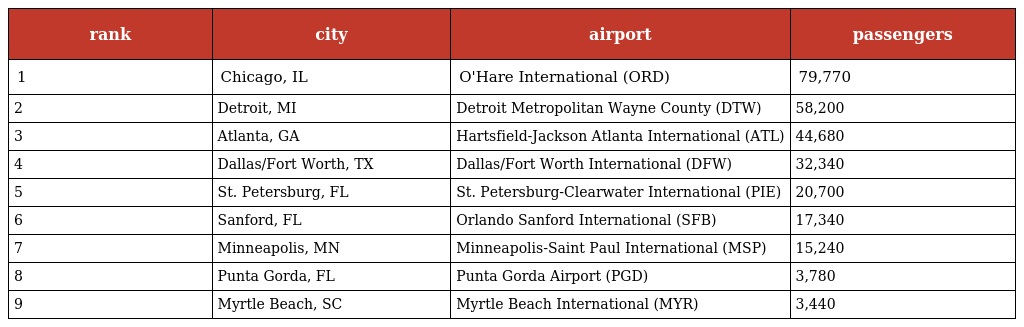
| rank | city | airport | passengers |
 | --- | --- | --- | --- |
 | 1 | Chicago, IL | O'Hare International (ORD) | 79,770 |
 | 2 | Detroit, MI | Detroit Metropolitan Wayne County (DTW) | 58,200 |
 | 3 | Atlanta, GA | Hartsfield-Jackson Atlanta International (ATL) | 44,680 |
 | 4 | Dallas/Fort Worth, TX | Dallas/Fort Worth International (DFW) | 32,340 |
 | 5 | St. Petersburg, FL | St. Petersburg-Clearwater International (PIE) | 20,700 |
 | 6 | Sanford, FL | Orlando Sanford International (SFB) | 17,340 |
 | 7 | Minneapolis, MN | Minneapolis-Saint Paul International (MSP) | 15,240 |
 | 8 | Punta Gorda, FL | Punta Gorda Airport (PGD) | 3,780 |
 | 9 | Myrtle Beach, SC | Myrtle Beach International (MYR) | 3,440 |